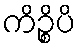
ကိဉ္စိပိ